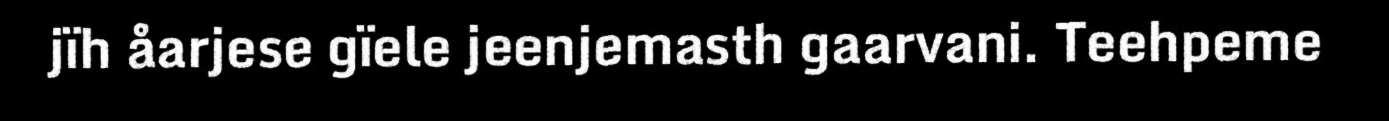
jïh åarjese gïele jeenjemasth gaarvani. Teehpeme